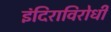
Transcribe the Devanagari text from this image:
इंदिराविरोधी